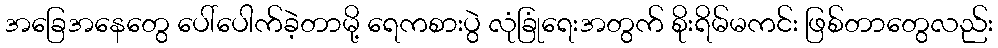
အခြေအနေတွေ ပေါ်ပေါက်ခဲ့တာမို့ ရေကစားပွဲ လုံခြုံရေးအတွက် စိုးရိမ်မကင်း ဖြစ်တာတွေလည်း